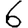
Digit: 6